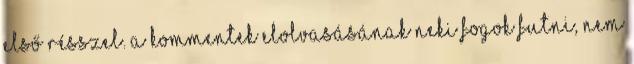
első résszel. A kommentek elolvasásának neki fogok futni, nem